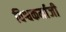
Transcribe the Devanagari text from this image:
विश्वकर्माजी